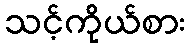
သင့်ကိုယ်စား